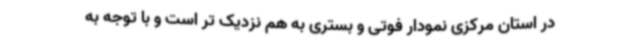
در استان مرکزی نمودار فوتی و بستری به هم نزدیک تر است و با توجه به